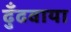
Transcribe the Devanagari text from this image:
ढुँढवाया